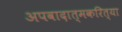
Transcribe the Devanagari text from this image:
अपवादात्मकरित्या